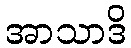
အာသာဒိ